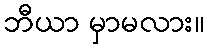
ဘီယာ မှာမလား။